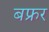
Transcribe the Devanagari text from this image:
बफ्रर